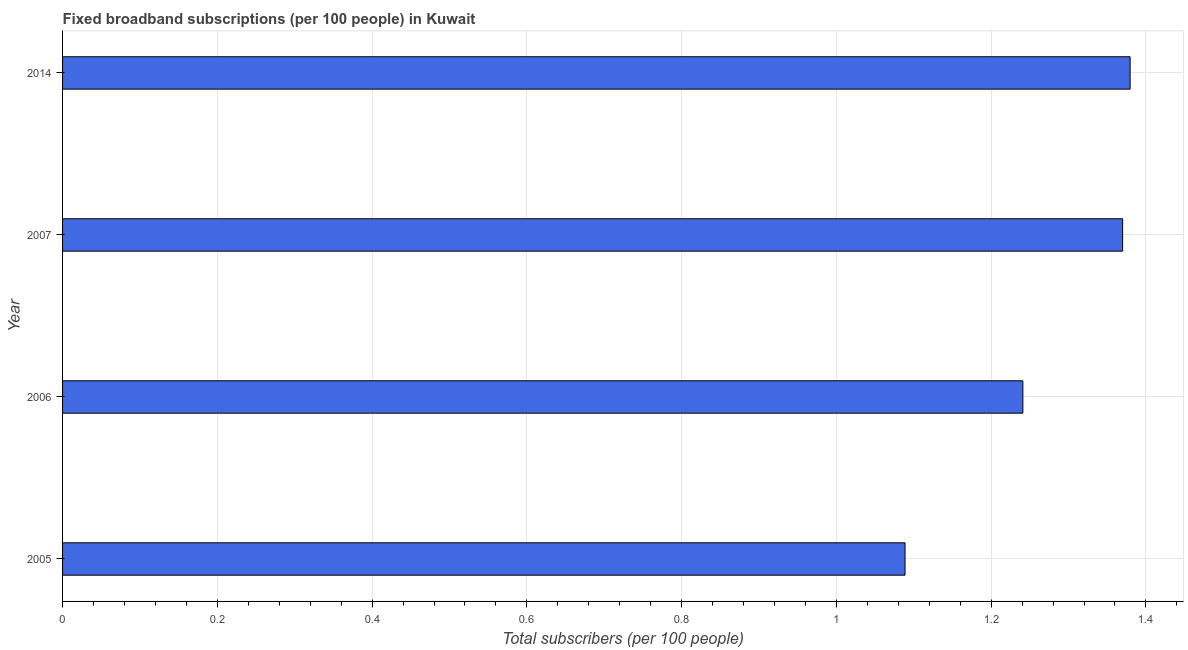
| Year | Fixed broadband subscriptions (per 100 people) |
 | --- | --- |
 | 2005 | 1.09 |
 | 2006 | 1.24 |
 | 2007 | 1.37 |
 | 2014 | 1.38 |